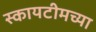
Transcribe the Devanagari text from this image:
स्कायटीमच्या